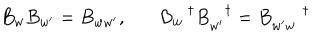
LaTeX: B _ { w } B _ { w ^ { \prime } } = B _ { w w ^ { \prime } } , B _ { w } ^ { \dagger } B _ { w ^ { \prime } } ^ { \dagger } = B _ { w ^ { \prime } w } ^ { \dagger }